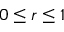
0 \leq r \leq 1